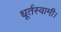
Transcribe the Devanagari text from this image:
धूर्तस्वामी।